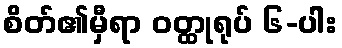
စိတ်၏မှီရာ ဝတ္ထုရုပ် ၆-ပါး